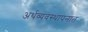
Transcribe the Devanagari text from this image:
अर्थव्यवस्थापनात